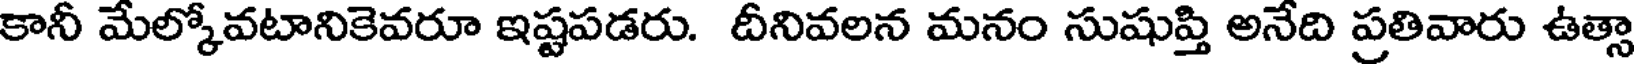
కానీ మేల్కోవటానికెవరూ ఇష్టపడరు. దీనివలన మనం సుషుప్తి అనేది ప్రతివారు ఉత్సా